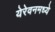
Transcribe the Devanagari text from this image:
येरेवनमध्ये